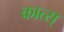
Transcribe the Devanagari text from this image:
कात्स्